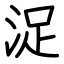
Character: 浞